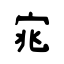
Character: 宨